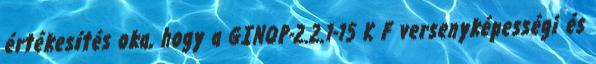
értékesítés oka, hogy a GINOP-2.2.1-15 K F versenyképességi és